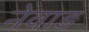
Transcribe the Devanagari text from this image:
नेवाड़